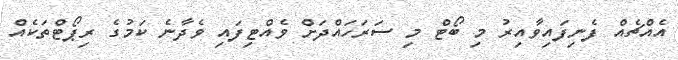
އެއްޗެއް ފެނިފައިވާއިރު މި ބޯޓް މި ސަރަހައްދަށް ވެއްޓިފައި ވެދާނެ ކަމުގެ ރިޕޯޓްތަކެއް